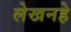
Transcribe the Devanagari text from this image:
लेखनहे